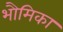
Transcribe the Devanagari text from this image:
भौमिका